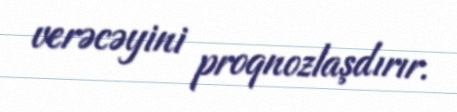
verəcəyini proqnozlaşdırır.